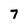
Character: 7